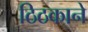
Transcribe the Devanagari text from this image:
ठिठकाने